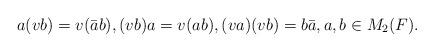
LaTeX: \begin{align*}a(vb) = v(\bar{a}b),(vb)a = v(ab),(va)(vb) = b\bar{a},a,b\in M_2(F).\end{align*}